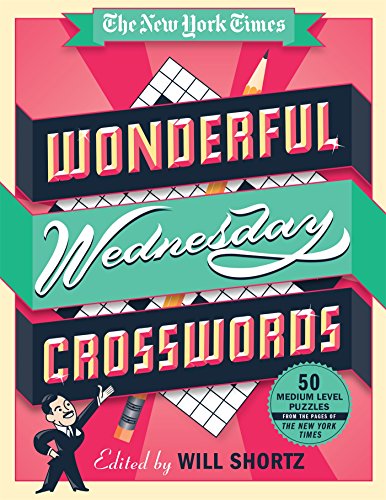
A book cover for The New York Times Wonderful Wednesday Crosswords: 50 Medium-Level Puzzles from the Pages of The New York Times (The New York Times Smart Puzzles); The New York Times; Humor & Entertainment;